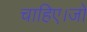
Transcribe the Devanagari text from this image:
चाहिए।जो